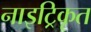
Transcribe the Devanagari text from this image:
नाइट्रिकृत